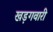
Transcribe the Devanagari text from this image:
खड़गवारी